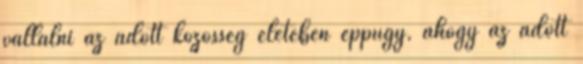
vállalni az adott közösség életében éppúgy, ahogy az adott